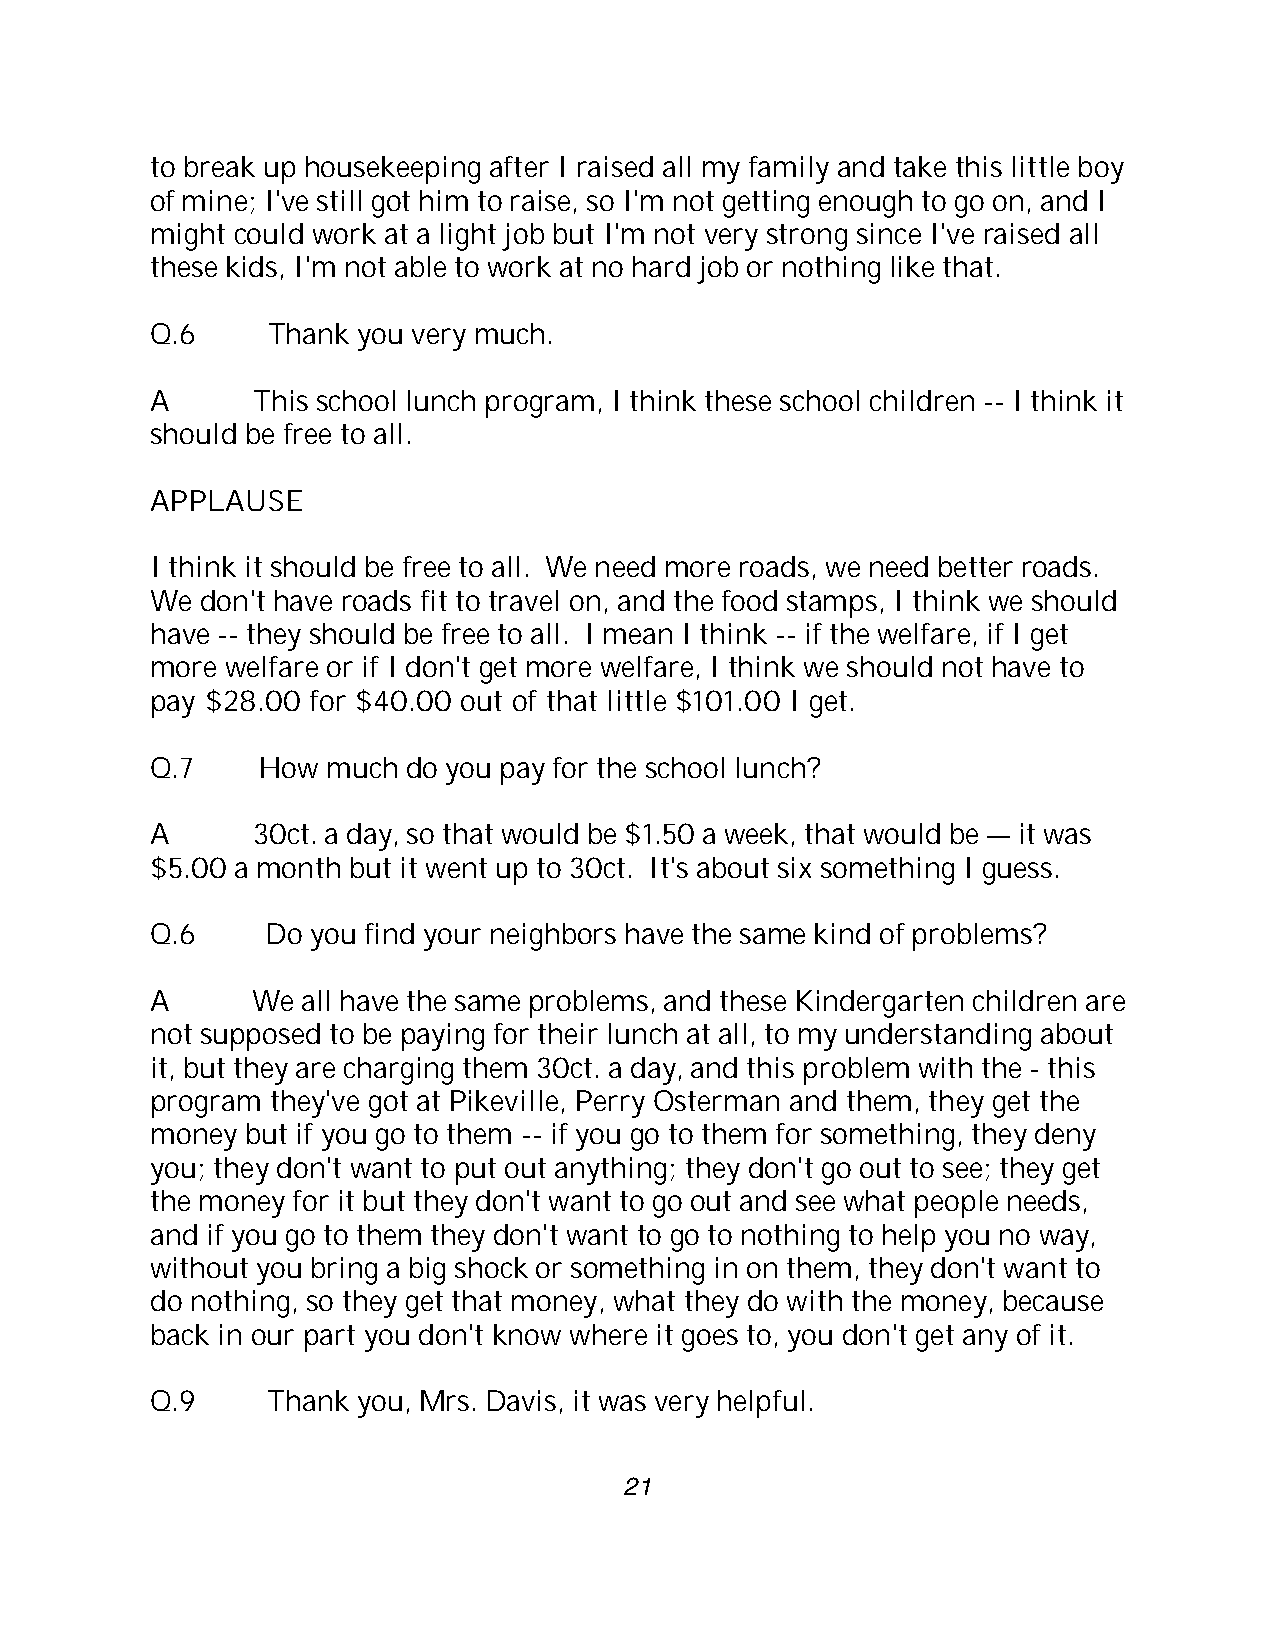
to break up housekeeping after I raised all my family and take this little boy
 of mine; I've still got him to raise, so I'm not getting enough to go on, and I
 might could work at a light job but I'm not very strong since I've raised all
 these kids, I'm not able to work at no hard job or nothing like that.
 Q.6     Thank you very much.
 A      This school lunch program, I think these school children -- I think it
 should be free to all.
 APPLAUSE
 I think it should be free to all. We need more roads, we need better roads.
 We don't have roads fit to travel on, and the food stamps, I think we should
 have -- they should be free to all. I mean I think -- if the welfare, if I get
 more welfare or if I don't get more welfare, I think we should not have to
 pay $28.00 for $40.00 out of that little $101.00 I get.
 Q.7    How  much do you pay for the school lunch?
 A      30ct. a day, so that would be $1.50 a week, that would be — it was
 $5.00 a month but it went up to 30ct. It's about six something I guess.
 Q.6     Do you find your neighbors have the same kind of problems?
 A      We all have the same problems, and these Kindergarten children are
 not supposed to be paying for their lunch at all, to my understanding about
 it, but they are charging them 30ct. a day, and this problem with the - this
 program they've got at Pikeville, Perry Osterman and them, they get the
 money but if you go to them -- if you go to them for something, they deny
 you; they don't want to put out anything; they don't go out to see; they get
 the money for it but they don't want to go out and see what people needs,
 and if you go to them they don't want to go to nothing to help you no way,
 without you bring a big shock or something in on them, they don't want to
 do nothing, so they get that money, what they do with the money, because
 back in our part you don't know where it goes to, you don't get any of it.
 Q.9     Thank you, Mrs. Davis, it was very helpful.
 21